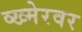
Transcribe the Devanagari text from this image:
व्ख्मेरवर